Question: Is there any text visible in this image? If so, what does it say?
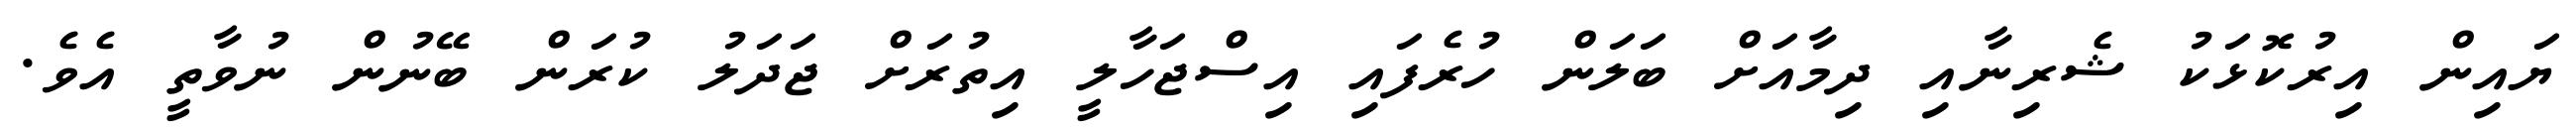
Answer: ޔައިން އިރުކޮޅަކު ޝެރިނާއި ދިމާއަށް ބަލަން ހުރެފައި އިސްޖަހާލީ އިތުރަށް ޖަދަލު ކުރަން ބޭނުން ނުވާތީ އެވެ.